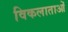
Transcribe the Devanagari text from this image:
विकलाताओं